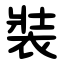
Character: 裝